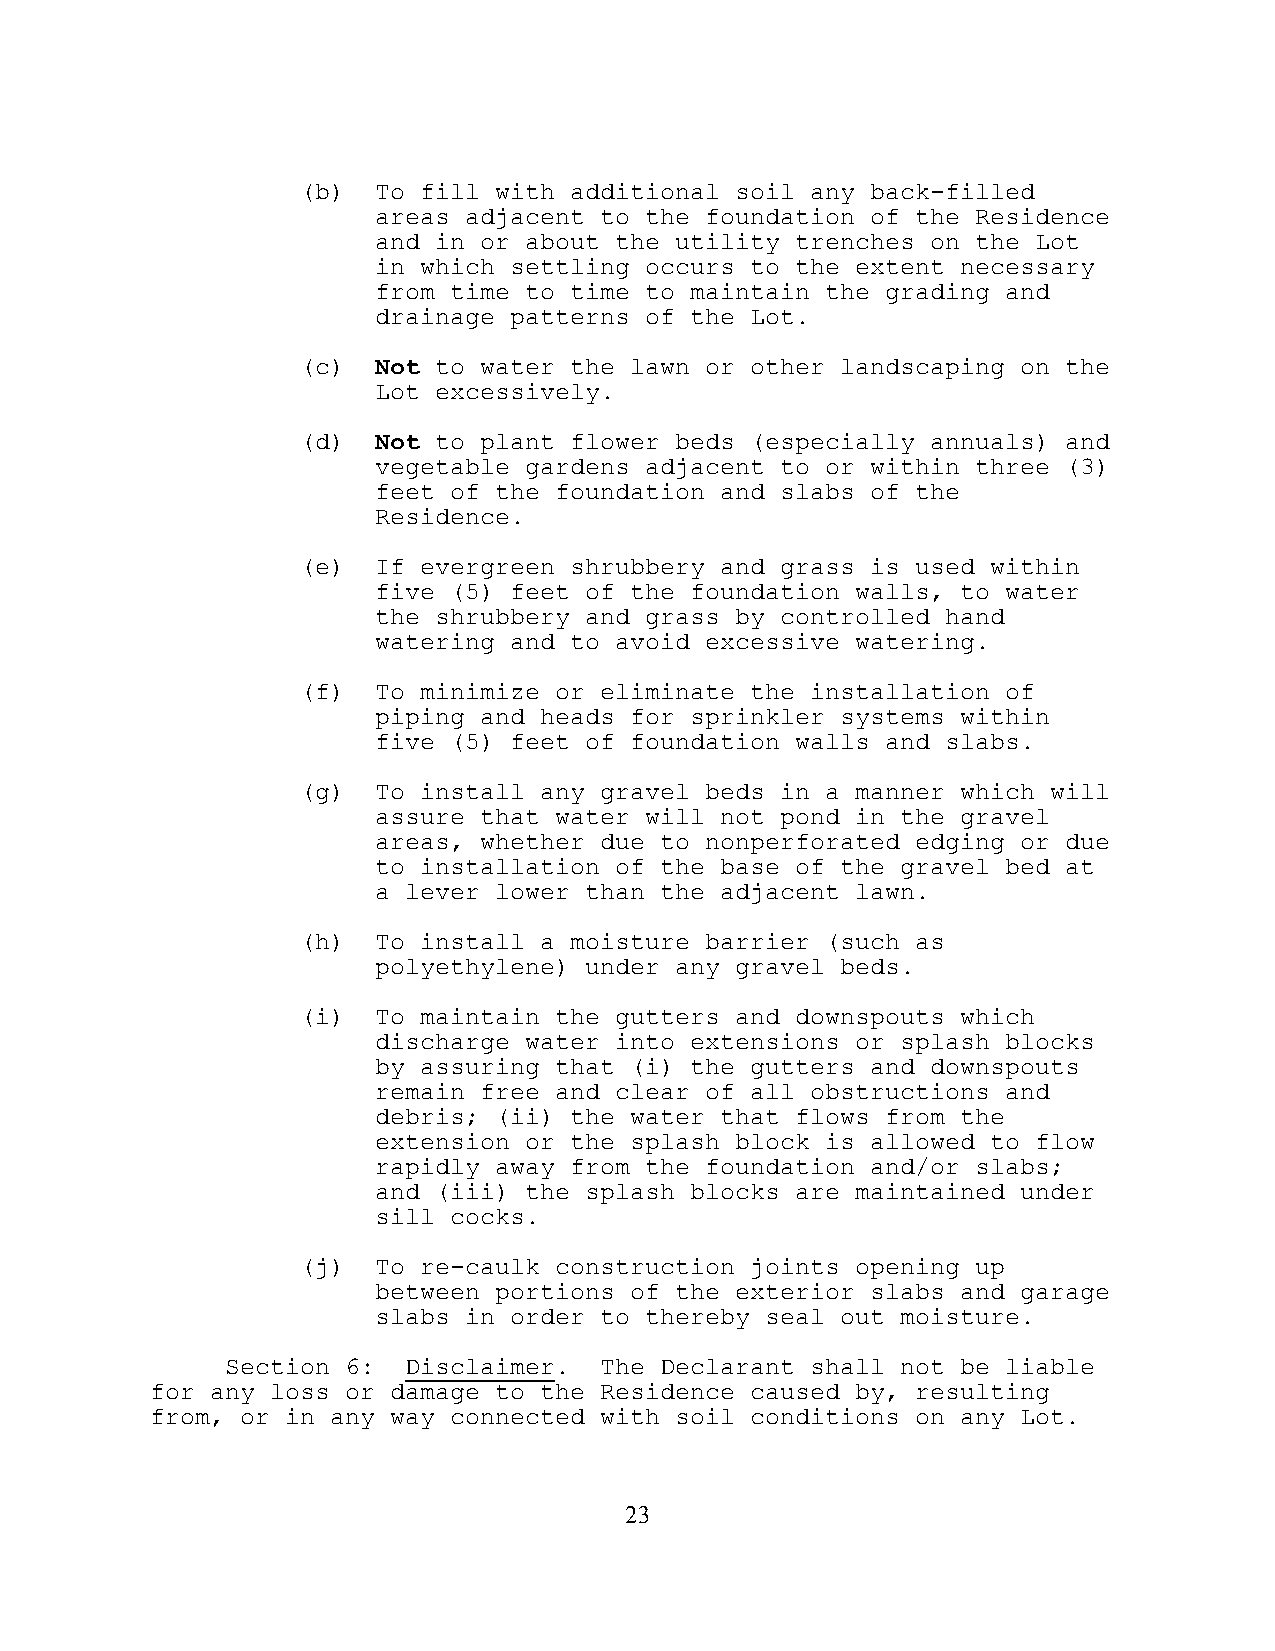
(b)  To fill with additional soil any back-filled
 areas adjacent to the foundation of the Residence
 and in or about the utility trenches on the Lot
 in which settling occurs to the extent necessary
 from time to time to maintain the grading and
 drainage patterns of the Lot.
 (c)  Not to water the lawn or other landscaping on the
 Lot excessively.
 (d)  Not to plant flower beds (especially annuals) and
 vegetable gardens adjacent to or within three (3)
 feet of the foundation and slabs of the
 Residence.
 (e)  If evergreen shrubbery and grass is used within
 five (5) feet of the foundation walls, to water
 the shrubbery and grass by controlled hand
 watering and to avoid excessive watering.
 (f)  To minimize or eliminate the installation of
 piping and heads for sprinkler systems within
 five (5) feet of foundation walls and slabs.
 (g)  To install any gravel beds in a manner which will
 assure that water will not pond in the gravel
 areas, whether due to nonperforated edging or due
 to installation of the base of the gravel bed at
 a lever lower than the adjacent lawn.
 (h)  To install a moisture barrier (such as
 polyethylene) under any gravel beds.
 (i)  To maintain the gutters and downspouts which
 discharge water into extensions or splash blocks
 by assuring that (i) the gutters and downspouts
 remain free and clear of all obstructions and
 debris; (ii) the water that flows from the
 extension or the splash block is allowed to flow
 rapidly away from the foundation and/or slabs;
 and (iii) the splash blocks are maintained under
 sill cocks.
 (j)  To re-caulk construction joints opening up
 between portions of the exterior slabs and garage
 slabs in order to thereby seal out moisture.
 Section 6:  Disclaimer.  The Declarant shall not be liable
 for any loss or damage to the Residence caused by, resulting
 from, or in any way connected with soil conditions on any Lot.
 23